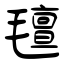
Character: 氊